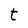
Character: t